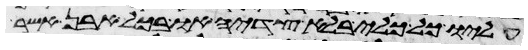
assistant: עליו כל כלי בלא צדיה או בכל אבן אשר